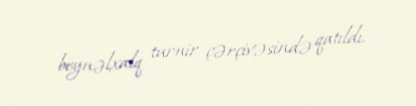
beynəlxalq turnir çərçivəsində qatıldı.